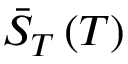
\bar { S } _ { T } \left( T \right)